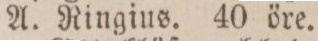
A. Ringius. 40 öre.